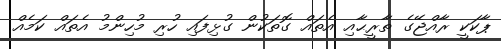
ޕާކަކީ ރާއްޖޭގެ ތާރީޙާއި އެތައް ގޮތަކުން ގުޅިފައި ހުރި މުހިންމު އެތައް ކަމެއް